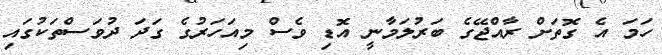
ހަމަ އެ ގޮތަށް ރާއްޖޭގެ ބަރުލަމާނީ އޮޑި ވެސް މިއަހަރުގެ ގަދަ ދުވަސްތަކުގައި